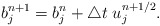
\begin{align*}b^{n+1}_j=b^{n}_j+\triangle t\; u^{n+1/2}_j.\end{align*}